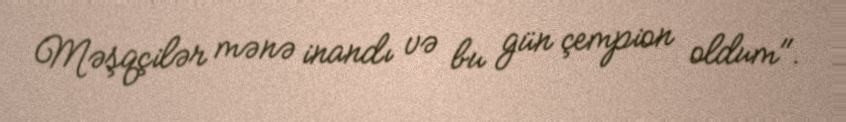
Məşqçilər mənə inandı və bu gün çempion oldum".